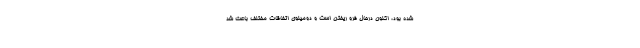
شده بود، اکنون درحال فرو ریختن است و دومینوی اتفاقات مختلف باعث شد